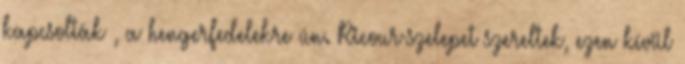
kapcsolták , a hengerfedelekre ún. Ricour-szelepet szereltek, ezen kívül